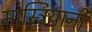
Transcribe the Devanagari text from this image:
मास्त्रियानी